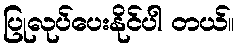
ပြုလုပ်ပေးနိုင်ပါ တယ်။